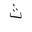
Letter: _tha